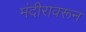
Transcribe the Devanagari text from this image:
मंदीरावरून